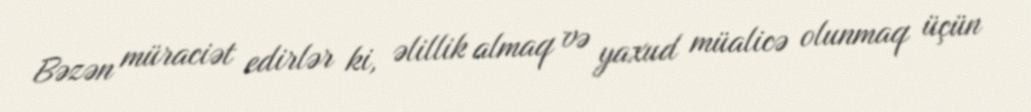
Bəzən müraciət edirlər ki, əlillik almaq və yaxud müalicə olunmaq üçün